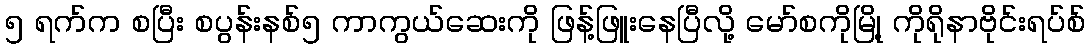
၅ ရက်က စပြီး စပွန်းနစ်၅ ကာကွယ်ဆေးကို ဖြန့်ဖြူးနေပြီလို့ မော်စကိုမြို့ ကိုရိုနာဗိုင်းရပ်စ်